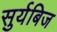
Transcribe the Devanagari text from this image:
सुर्यबिज